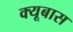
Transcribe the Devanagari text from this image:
क्यूबास